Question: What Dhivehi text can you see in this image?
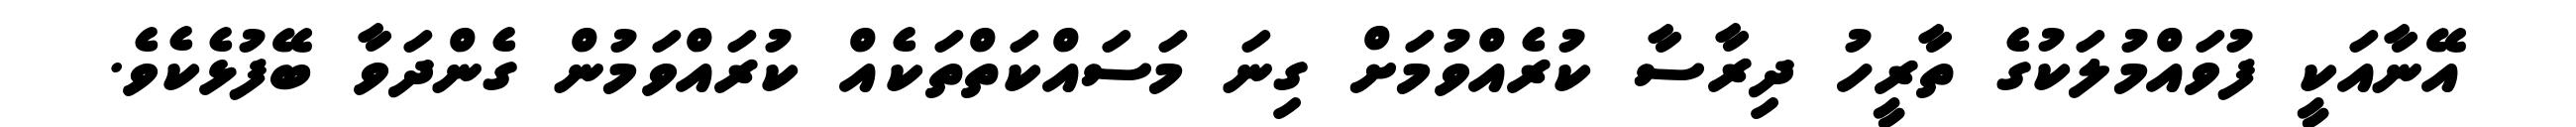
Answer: އޭނާއަކީ ފުވައްމުލަކުގެ ތާރީހު ދިރާސާ ކުރެއްވުމަށް ގިނަ މަސައްކަތްތަކެއް ކުރައްވަމުން ގެންދަވާ ބޭފުޅެކެވެ.